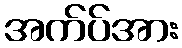
အက်ပ်အား